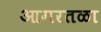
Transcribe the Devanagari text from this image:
आगरतळा